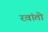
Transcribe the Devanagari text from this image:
रवांतो